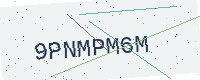
Text: 9PNMPM6M